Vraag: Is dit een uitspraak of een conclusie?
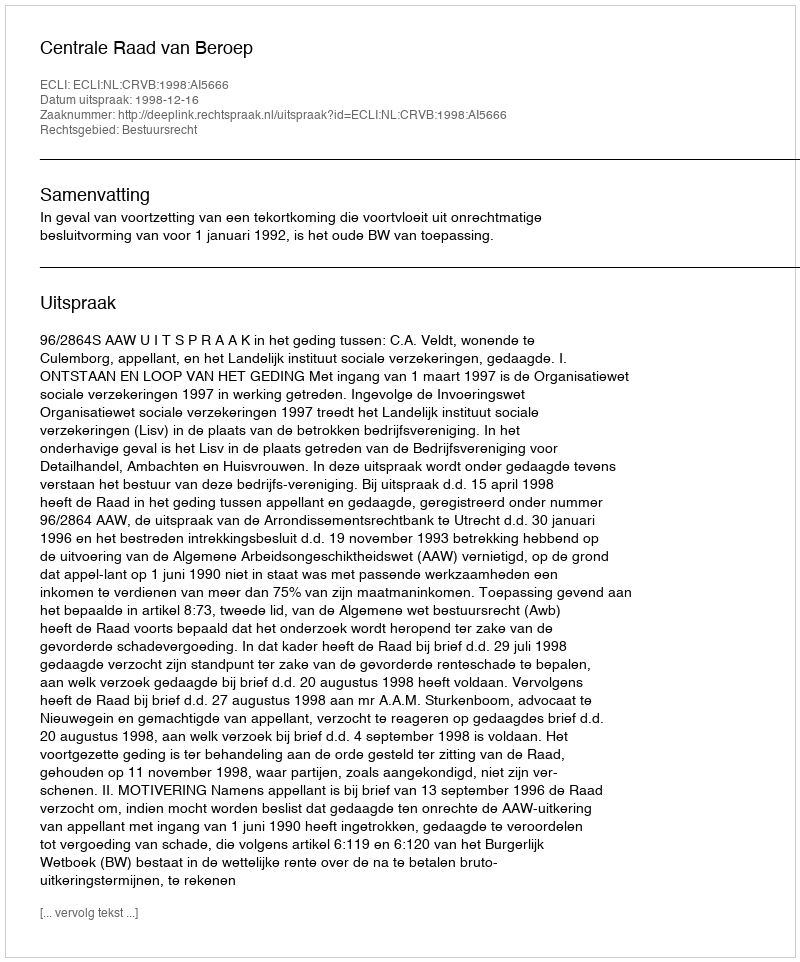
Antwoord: Uitspraak